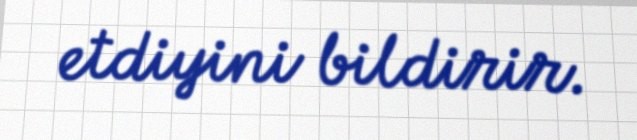
etdiyini bildirir.